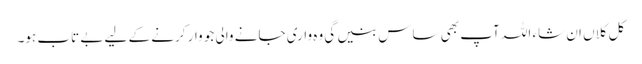
کل کلاں ان شاء اللہ آپ بھی ساس بنیں گی وہ واری جانے والی جو وار کرنے کے لیے بے تاب ہو۔